Annual statistical returns and brief notes on vaccination in Bengal - 1887-1898
Year: 1887
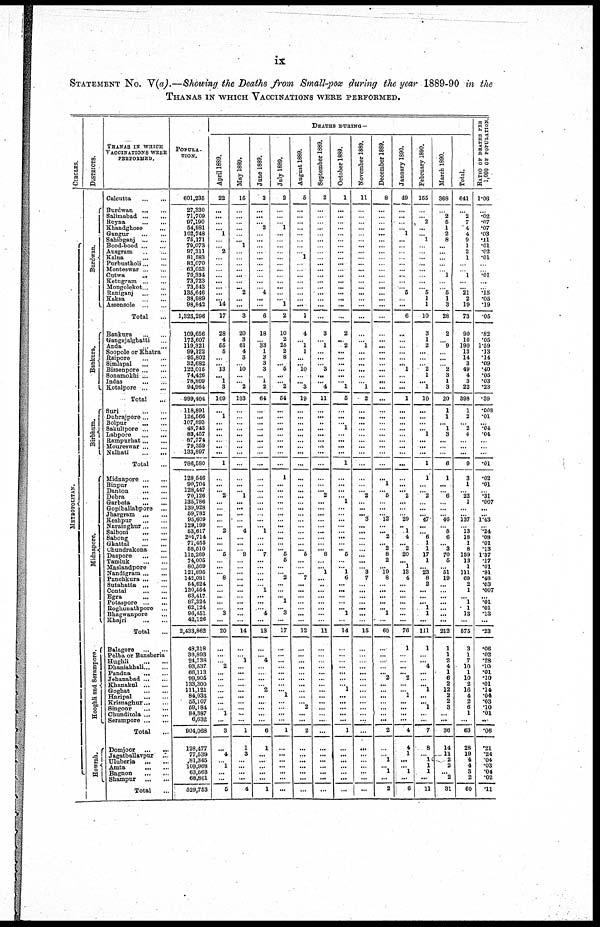
ix
STATEMENT No. V(a).—Showing the Deaths from Small-pox during the year 1889-90 in the
THANAS IN WHICH VACCINATIONS WERE PERFORMED.
CIRCLES.
ME T ROP OL IT
AN.
DISTRICTS.
Burdwan.
Bankurs.
Birbhum.
Midnapore.
Hooghli and Serampore.
Howrah.
THANAS IN WHICH
VACCINATIONS WERE
PERFORMED.
Calcutta...
...
Burdwan...
...
Salimabad...
...
Royna...
...
Khandghose... ...
Gangur...
...
Sahibganj...
...
Bood-bood...
...
Ausgram...
...
Kalna...
...
Purbustholi...
...
Monteswar... ...
Cutwa...
...
Ketugram...
...
Mongolekot...
...
Raniganj...
...
Kaksa...
...
Assensole...
...
Total...
Bankura...
...
Gangajalghatti... ...
Anda...
...
Soopole or Khatra
Raipore...
...
Simlapal...
...
Bissenpore...
...
Sonamokhi... ...
Indas...
...
Kotalpore...
...
Total...
Suri...
...
Dubrajpore... ...
Bolpur...
...
Sakulipore...
...
Labpore...
...
Rampurhat...
...
Moureswar...
...
Nalhati...
...
Total...
Midnapore...
...
Binpur...
...
Danton...
...
Debra...
...
Garbeta...
...
Gopiballabpore... ...
Jhargram...
...
Keshpur... ... ...
Narainghur... ...
Salboni...
...
Sabong...
...
Ghattal...
...
Chundrakona... ...
Daspore...
...
Tamluk...
...
Maslandpore... ...
Kandigram...
...
Panohkura...
...
Sutahatta... ...
Contai...
...
Egra...
...
Potaspore...
...
Boghunathpore... ...
Bhagwanpore... ...
Khajri ... ...
Total...
Balagore...
...
Polba or Bansberia... ...
Hughli...
...
Dhaniakhali...
...
Pandua...
...
Jehanabad... ...
Khanakul...
...
Goghat...
...
Haripal...
...
Krisnaghur...
...
Singoor...
...
Chunditola...
...
Serampore...
...
Total...
Domjoor...
...
Jagatballavpur... ...
Uluberia...
...
Amta...
...
Bagnon...
...
Shampur... ...
Total...
POPULA-
TION.
601,235
27,330
71,709
97,190
54,981
102,748
75,171
79,073
97,311
81,583
82,070
63,053
70,334
73,723
73,543
135,646
38,989
98,842
1,323,296
109,656
172,607
119,321
99,122
95,802
32,682
122,015
74,426
78,809
94,964
999,404
118,891
126,566
107,893
48,743
83,457
87,774
79,359
133,897
786,580
128,546
90,704 128,447
70,126
135,786
139,928
59,782
96,609
129,199
63,617
201,714
71,455
58,510
115,269
74,005
80,569
121,895
142,081
54,624
130,554
63,417
87,324
62,124
96,451
42,120
2,433,862
48,218
36,893
24,738
93,537
66,113 99,905
133,300
111,121
84,933
55,107
59,184
84,387
6,632
904,068
128,477
77,539
81,345
109,968
63,563
68,861
529,753
DEATHS DURING—
April 1889.
22
...
...
...
... 1
...
...
2
...
...
...
...
... ...
...
... 14
17
28
4
55
5
...
...
13
... 1
3
109
...
1
...
...
...
...
...
...
1
...
... ... 2
...
...
... ...
... 2
...
...
... 5
...
...
... 8
...
... ...
... ... 3
...
20
...
...
...
2
... ...
... ...
... ...
... 1
...
3
...
4
... 1
...
...
5
May 1889.
15
...
...
...
...
...
... 1
...
...
... ...
...
...
...
2
...
...
3
20
3
61
4
3
...
10
...
... 2
103
...
...
...
...
...
...
...
...
...
...
... ... 1
...
...
...
...
... 4
...
...
...
9
...
...
...
...
...
...
...
... ...
...
...
14
...
... 1
...
... ... ...
...
... ...
...
... ...
1
1
3
...
...
...
...
4
June 1889.
3
...
...
... 2
...
...
...
...
...
...
...
...
...
...
4
...
...
6
18
... 33
1
3
3
3
... 1
2
64
...
...
...
...
...
...
...
...
...
...
... ...
...
...
...
...
...
... 1
...
...
... 7
...
...
...
...
...
1
...
...
...
4
...
13
...
... 4
...
... ...
... 2
... ...
... ...
...
6
1
... ...
...
...
...
1
July 1889.
2
...
...
...
1
...
...
...
...
...
...
...
...
...
... ...
... 1
2
10
2
25
2
8
... 5
...
...
2
54
...
...
...
...
...
...
...
...
...
1
... ...
...
...
...
... ...
...
... ...
...
... 5
5
...
... 2
...
...
...
...
... 3
...
17
...
...
...
...
... ...
...
...
... ...
...
...
...
1
...
... ...
...
...
...
...
August 1889.
5
...
...
...
...
...
...
...
... 1
...
...
...
...
... ...
...
...
1
4
... 1
1
...
... 10
...
... 3
19
...
...
...
...
...
...
...
...
...
...
... ...
...
...
...
...
...
...
...
...
...
... 5
...
...
...
7
...
...
...
...
...
...
...
12
...
...
...
...
...
... ...
...
... ... 2
...
...
2
...
...
...
...
...
...
...
September 1889.
2
...
...
...
...
...
...
...
...
...
...
...
...
...
...
... ...
...
...
3
... 1
...
...
... 3
...
... 4
11
...
...
..
...
...
... ...
...
...
...
... ... 2
...
...
... ...
...
... ...
...
... 8
...
... 1
...
..
... ...
...
... ...
...
11
...
...
...
...
... ... ...
...
... ...
...
... ....
...
...
...
...
...
...
...
...
October 1889.
1
...
...
...
...
...
...
...
...
...
... ...
...
...
...
... ...
...
...
2
... 2
...
... ...
...
...
... 1
5
...
...
... 1
...
...
...
...
1
...
... ...
...
1
...
... ...
...
...
...
...
... 5
...
... 1
6
...
... ...
......
... 1
...
14
...
...
...
... ... ...
... 1
... ...
... ...
...
1
...
... ...
...
...
...
...
November 1889.
11
...
...
...
...
...
...
...
...
...
... ...
...
...
... ... ...
...
...
...
... 1
...
...
...
...
...
... 1
2
...
...
...
...
...
...
...
...
...
...
... ... 2
...
...
...
3
...
...
...
...
...
...
...
... 3
7
...
...
...
... ... ...
...
15
...
...
...
... ... ...
...
...
... ... ...
...
...
...
...
... ...
...
...
...
...
December 1889.
8
...
...
...
...
...
...
...
...
...
... ...
...
...
...
... ...
...
...
...
...
...
...
... ...
...
... ...
...
...
...
...
...
...
...
...
...
...
...
...
...
...
5
...
...
... 12
...
... 2
... 2
8
2
... 19
8
...
... ...
... ... 1
...
60
...
...
...
...
... 2
...
...
... ...
... ...
...
2
...
... 1
... 1
... 2
January 1890.
49
...
...
...
... 1
...
...
...
...
... ...
...
...
5
...
...
6
...
...
...
...
...
... 1
...
...
...
1
...
...
...
...
...
...
...
...
...
...
... ... 2
...
...
...
29
.. 1
4
... 2
20
... 1
13
4
...
... ...
... ...
...
...
76
1
...
...
...
... 2
...
...
1 ...
... ...
...
4
4
1
...
... 1
... 6
February 1890.
155
...
...
2
...
... 1
...
...
...
... ...
...
...
... 5
1
1
10
3
1
2
...
...
...
2
1
... 1
10
...
...
...
... 1
...
...
...
1
1
... ... 2
...
...
... 47
...
... 6
1
1
17
1
... 23
8
2
... ...
... 1
1
...
111
1
... ...
4 ... ... ... 1
... ... 1
... ...
7
8
... 1
1
1
...
11
March 1890.
368
...
2
5
1
2
8
...
...
...
...
...
1
...
...
5
1
3
28
2
...
9
...
...
...
2
3
1
3
20
1
1
... 1
3
...
...
...
6
1
... ... 6
...
...
...
46
... 5
6
... 3
70
6
...
51
19
...
...
...
... ...
...
...
212
1
1
2
4
1 6
2
12
2 2
3
...
...
36
14
11
2
2
... 2
31
Total.
641
...
2
7
4
4
9
1
2
1
...
...
1
...
... 21
2
19
73
90
10
190
13
14
3
49
4
3
22
398
1
2
... 2
4
...
...
...
9
3
... ... 22
1
...
...
137
... 13
18
1
8
159
13
1
111
69
2
1
... 1
1
13
...
575
3
1
7
10
1 10
2
16
4
2
6
1
...
63
28
19
4
4
3
2
60
RATIO OF DEATHS PER
1,000 OF POPULATION.
1.06
...
.02
.07
.07
.03
.11
.01
.02
.01
...
...
.01
...
... .15
.05
.19
.05
.82
.05
1.59
.13
.14
.09
.40
.05
.03
.23
.39
.008
.01
... .04
.04
...
...
...
.01
.02
...
...
.31
.007
...
...
1.43
...
.24
.08
.01
.13
1.37
.17
.01
.91
.48
.03
.007
... .01
.01
.13
...
.23
.06
.02
.28
.10
.01 .10
.01
.14
.04
.03
.10
.01
..
.06
.21
.24
.04
.03
.04
.02
.11